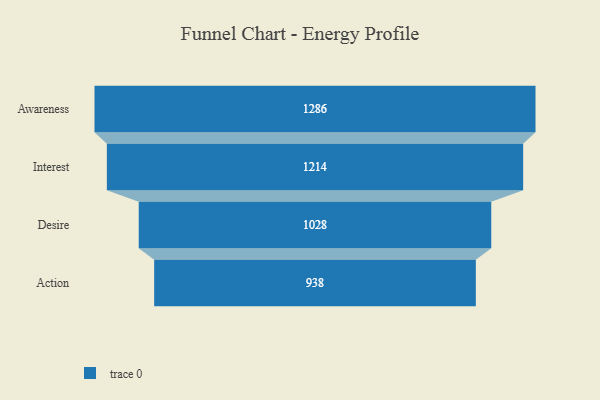
{"axis": {"x": "Stage", "y": "Value"}, "legend": [""], "data": [{"x": "Awareness", "y": 1286.0, "type": ""}, {"x": "Interest", "y": 1214.0, "type": ""}, {"x": "Desire", "y": 1028.0, "type": ""}, {"x": "Action", "y": 938.0, "type": ""}]}